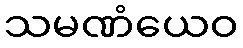
သမဏံယေဝ